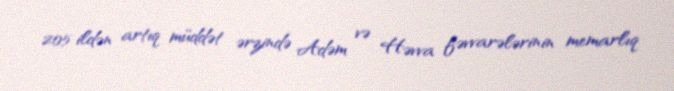
205 ildən artıq müddət ərzində Adəm və Həvva fəvvarələrinin memarlıq